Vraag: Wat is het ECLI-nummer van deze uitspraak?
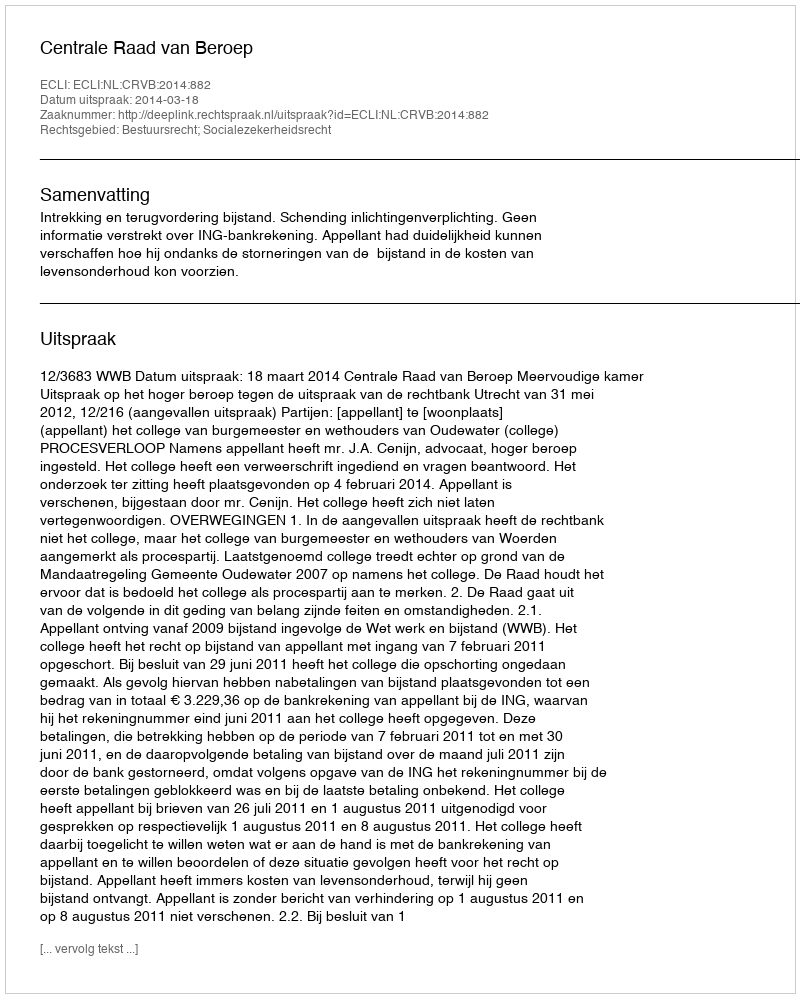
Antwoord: ECLI:NL:CRVB:2014:882